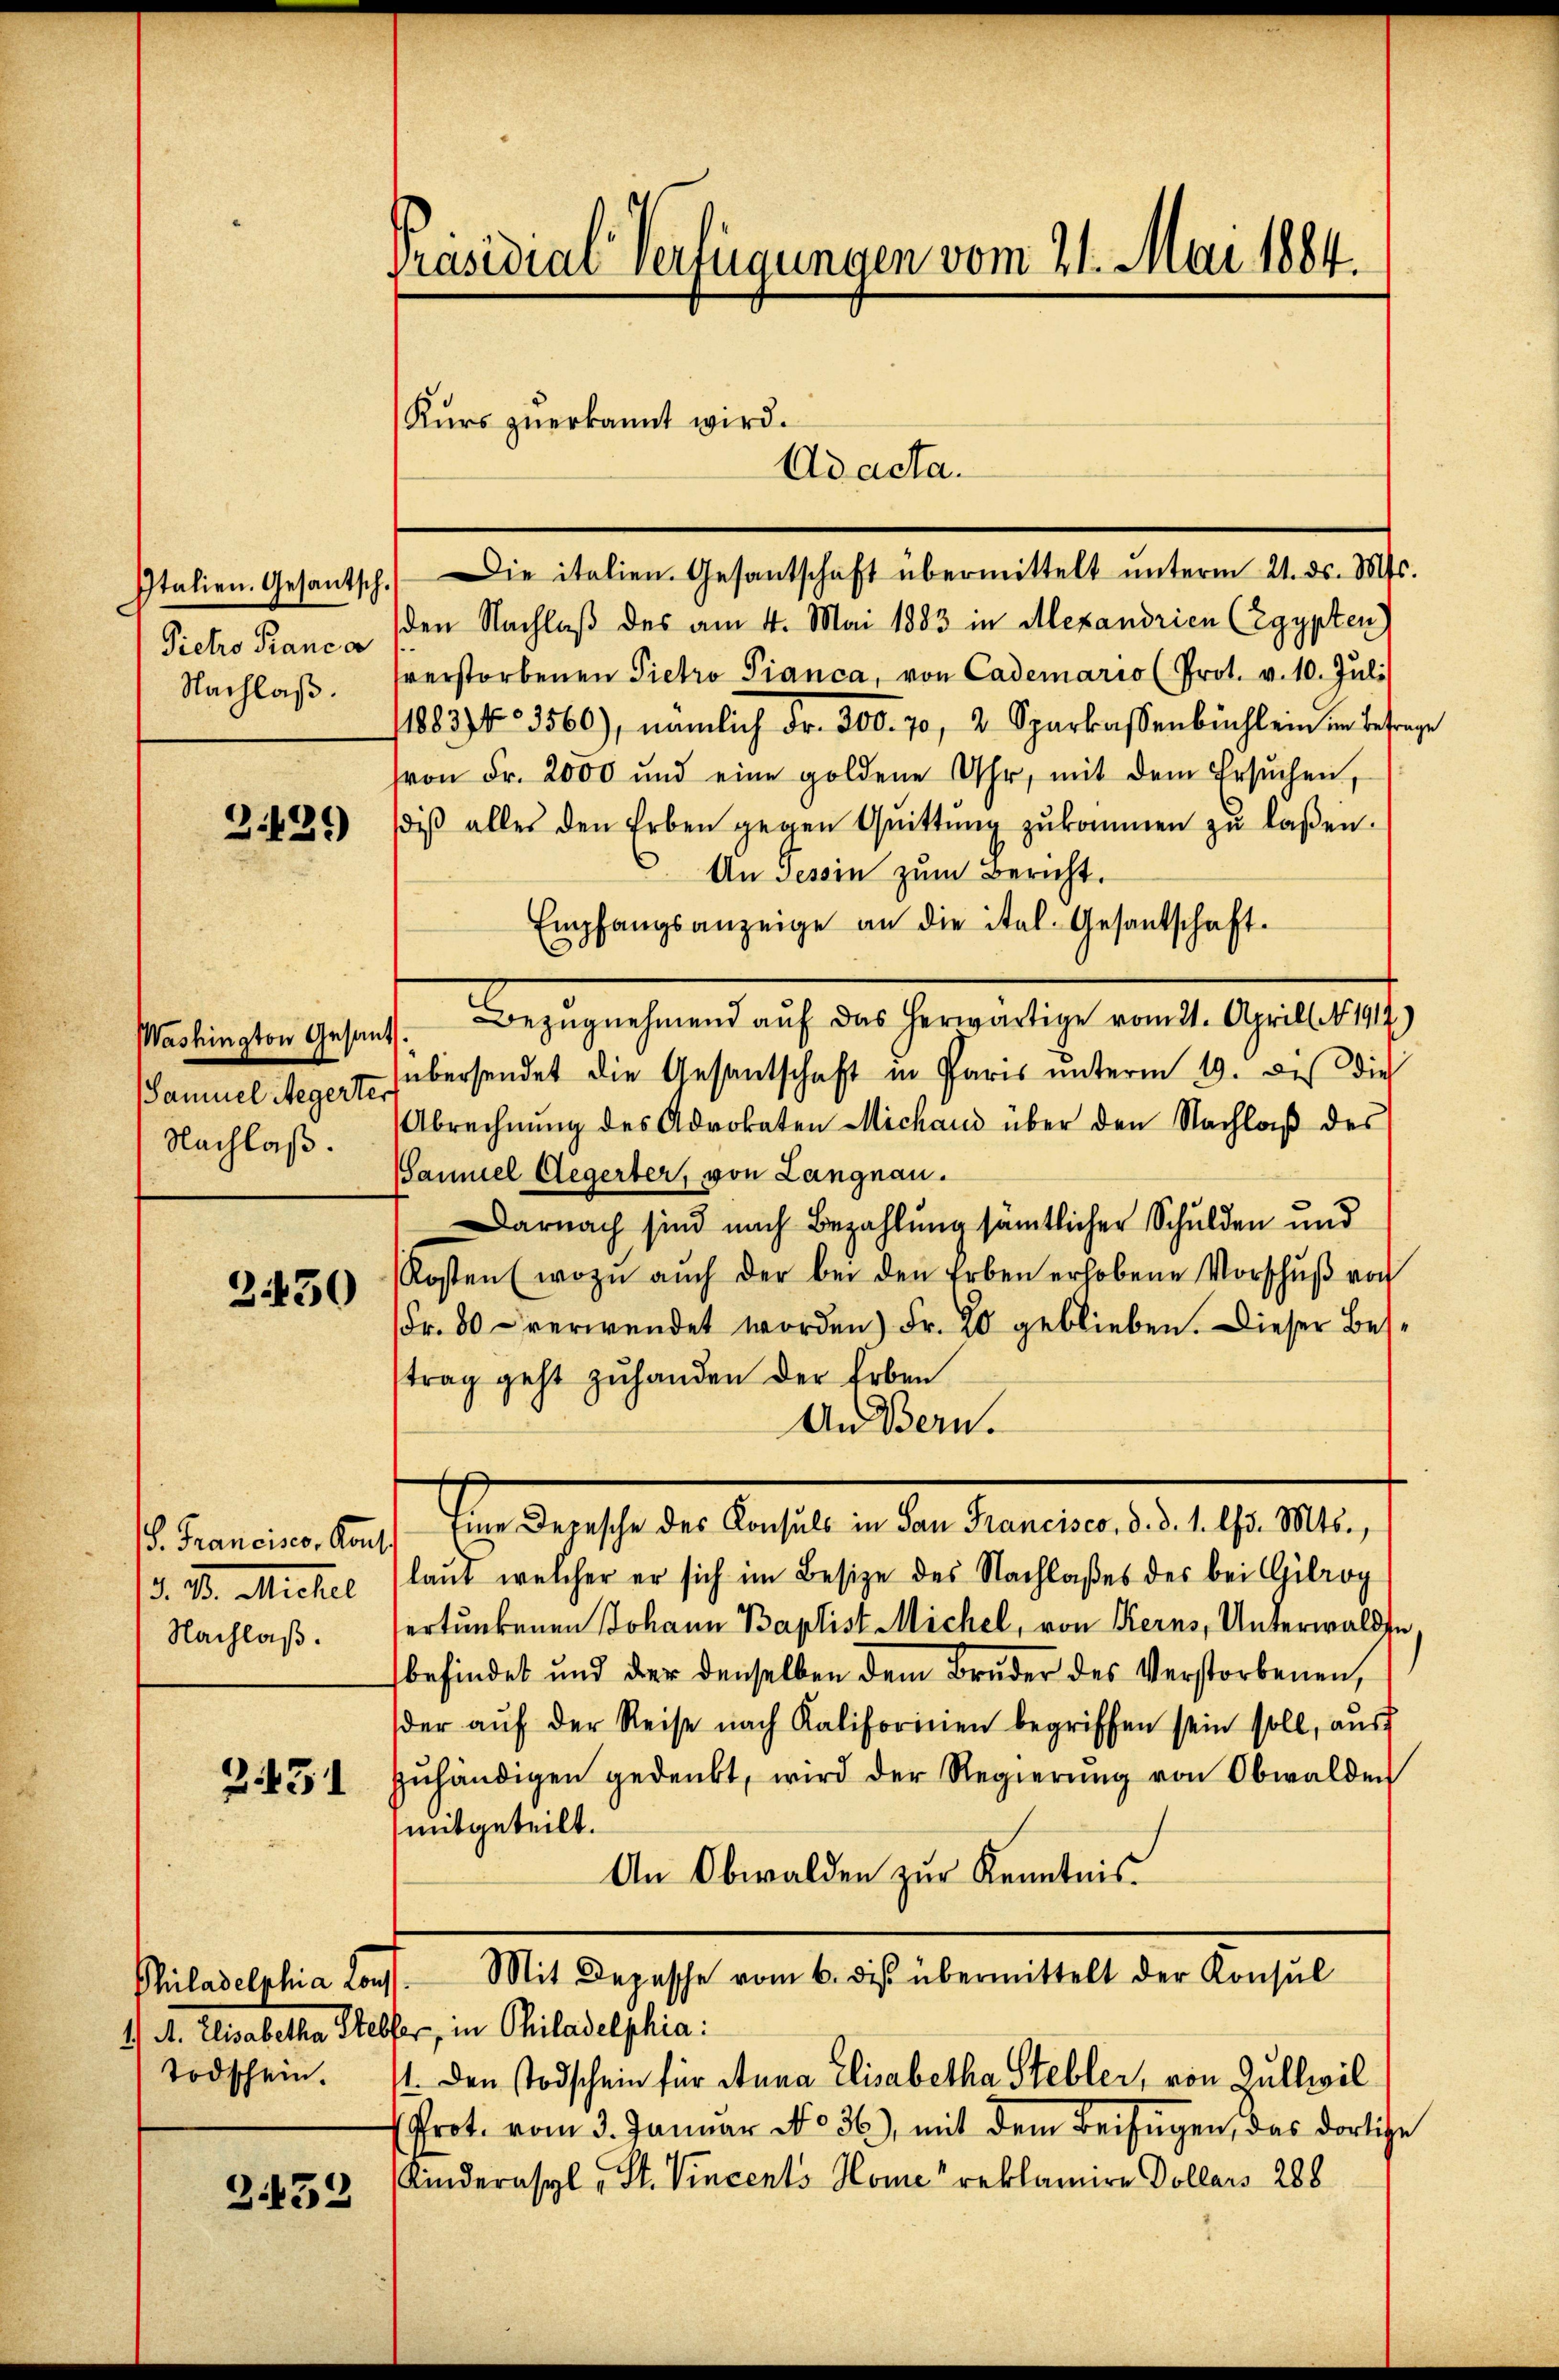
Italien. Gesantsch.
Pietro Franca
Nachlaß.

3.439

Washington Gesan
Samuel Regerter
Nachlaß.

2430

P. Francisco, Kant
d. B. Michael
Nachlaß.

2.431

Todschein.

432

Präsidial-Verfügungen vom 21. Mai 1884.

Kurs zuerkannt wird.
Ad acta.

Die italien. Gesantschaft übermittelt unterm 21. ds. Mts.
den Nachlaß des am 4. Mai 1883 in Alexandrien (Egypten)
verstorbenen Pietro Pianca, von Cademario (Prot. v. 10. Juli
1883) No 3560), nämlich Fr. 300. 70, 2. Sparkassenbüchlein in Betrage
von Fr. 2000 und eine goldene Uhr, mit dem Ersuchen,
βiβ alles den Erben gegen Qŭittŭng zŭkommen zŭ lassen.
An Tessin zum Bericht.
Empfangsanzeige an die ital. Gesantschaft.
Bezugnehmend auf das herwärtige vom 21. Aprill 191)
d
übersendet die Gesantschaft in Paris unterm 19. die die
Abrechnŭng des Advokaten Michand über den Nachlaβ des
Samuel Aegerter, von Langnau.
Darnach sind nach Bezahlung sämtlicher Schulden und
Kosten (wozu auch der bei den Erben erhobene Vorschŭβ von
Fr. 80 verwendet worden) Fr. 20 geblieben. Dieser Besstrag geht zŭ handen der Erben
An Bern.
t. Er dersehe der Basel in der Senaten d. 19. 1941.
laut welcher er sich im Besize des Nachlaßes des bei Gilrog
ertunkenen Johann Baptist Michel, von Kerns, Unterwalden,
befindet und der denselben dem Bruder des Verstorbenen,
der aŭf der Reise nach Kalifornien begriffen sein soll, aŭsf
zŭhändigen gedenkt, wird der Regierŭng von Obwalden
mitgeteilt.
An Obwalden zur Kenntnis
Philadelphia Los. Mit Depesche vom 6. des übermittelt der Konsul
1) A. Elisabetha Helfer, in Philadelphia:
1. Den Todschein für Anna Elisabetha Stebler, von Gullwil
Prot. vom 3. Januar No 36.) mit dem Beifügen, das dortige
Kinderasyl, St. Vincents Home" reklamire Dollars 288